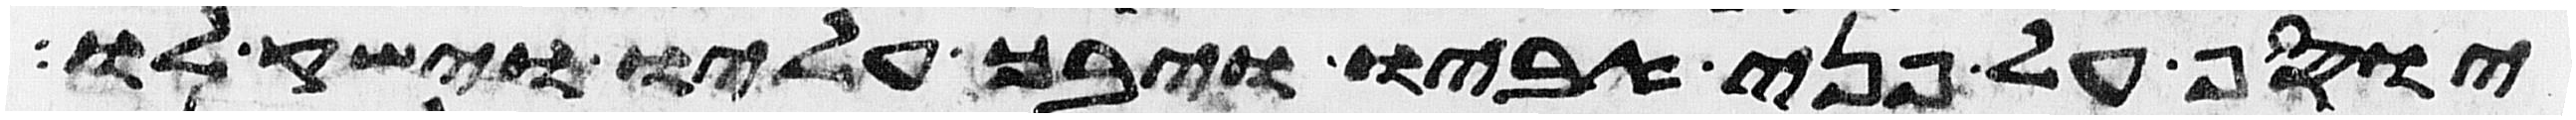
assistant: יוסף על פני אביו ויבך עליו וישק לו